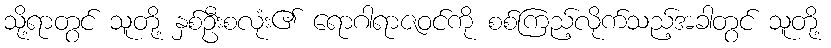
သို့ရာတွင် သူတို့ နှစ်ဦးစလုံး၏ ရောဂါရာဇဝင်ကို စစ်ကြည့်လိုက်သည့်အခါတွင် သူတို့